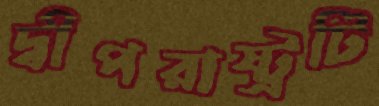
দ্বীপরাষ্ট্রটি